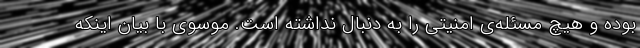
بوده و هیچ مسئله‌ی امنیتی را به دنبال نداشته است. موسوی با بیان اینکه